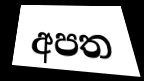
අපත